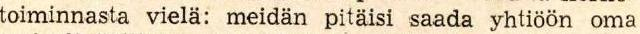
toiminnasta vielä: meidän pitäisi saada yhtiöön oma